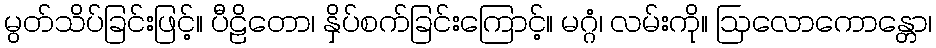
မွတ်သိပ်ခြင်းဖြင့်။ ပီဠိတော၊ နှိပ်စက်ခြင်းကြောင့်။ မဂ္ဂံ၊ လမ်းကို။ ဩလောကောန္တော၊